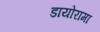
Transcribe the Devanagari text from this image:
डायोरामा